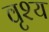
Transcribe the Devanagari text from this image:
वृश्य